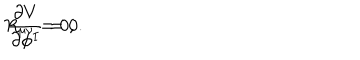
LaTeX: R _ { \mu \nu } = 0 , \hspace { 5 m m } \frac { \partial V } { \partial \phi ^ { I } } = 0 .